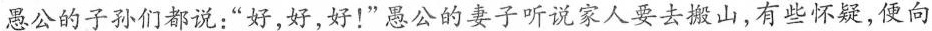
愚公的子孙们都说：“好，好，好！”愚公的妻子听说家人要去搬山，有些怀疑，便向